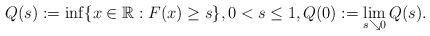
LaTeX: \begin{align*} Q(s) := \inf \{ x \in \mathbb{R} : F(x) \geq s \}, 0 < s \leq 1, Q(0) := \lim_{s \searrow 0} Q(s). \end{align*}